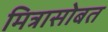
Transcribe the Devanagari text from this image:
मित्रासोबत